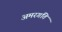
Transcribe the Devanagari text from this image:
अमरगति